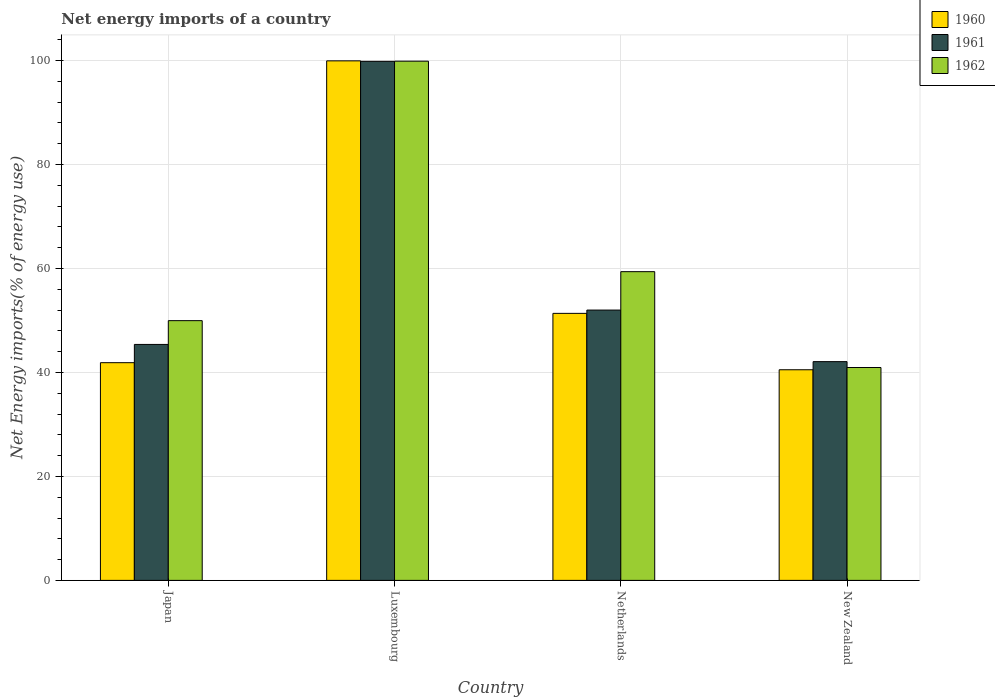
| Country | 1960 | 1961 | 1962 |
 | --- | --- | --- | --- |
 | Japan | 41.9 | 45.4 | 50 |
 | Luxembourg | 99.9 | 99.9 | 99.9 |
 | Netherlands | 51.4 | 52 | 59.4 |
 | New Zealand | 40.5 | 42.1 | 41 |